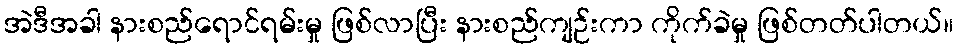
အဲဒီအခါ နားစည်ရောင်ရမ်းမှု ဖြစ်လာပြီး နားစည်ကျဉ်းကာ ကိုက်ခဲမှု ဖြစ်တတ်ပါတယ်။